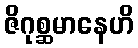
ဇိဂုစ္ဆမာနေဟိ